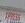
xpress